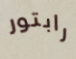
رابتور